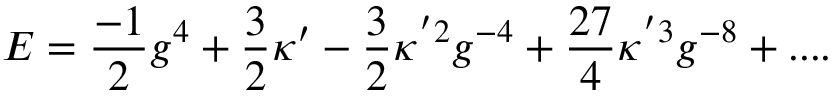
E = { \frac { - 1 } { 2 } } g ^ { 4 } + { \frac { 3 } { 2 } } \kappa ^ { \prime } - { \frac { 3 } { 2 } } \kappa ^ { ' 2 } g ^ { - 4 } + { \frac { 2 7 } { 4 } } \kappa ^ { ' 3 } g ^ { - 8 } + . . . .